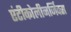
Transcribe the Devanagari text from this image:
एंटीकोलीनर्जिक्स